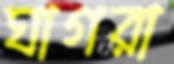
ঘাগরা